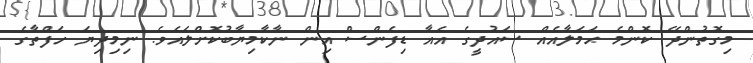
މިގޮތުންދޭ ކޮންމެ ޙަމަލާއެއް ސައުދީގެ އެއާ ޑިފެންސް އިން ނާކާމިޔާބުކޮށްލައެވެ. ނިމިދިޔަ ހަފްތާގެ